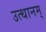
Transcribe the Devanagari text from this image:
उत्थानम्